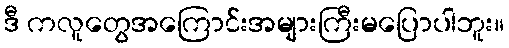
ဒီ ကလူတွေအကြောင်းအများကြီးမပြောပါဘူး။